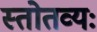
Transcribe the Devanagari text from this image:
स्तोतव्यः